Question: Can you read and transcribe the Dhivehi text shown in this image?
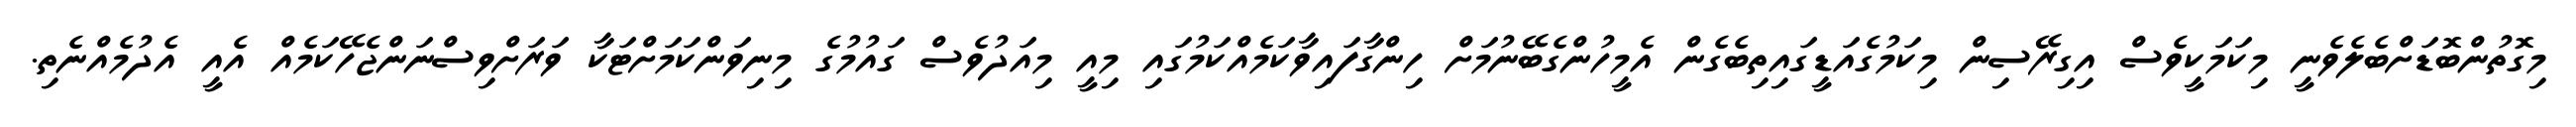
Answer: މިގޮތުންބޮޑަށްބެލެވެނީ މިކަމަކީވެސް އިގިރޭސިން މިކަމުގެއަޑީގައިތިބެގެން އެމީހުންގެބޭނުމަށް ހިންގާފައިވާކަމެއްކަމުގައި މިއީ މިއަދުވެސް ގައުމުގެ މިނިވަންކަމަށްޓަކާ ވަރަށްވިސްނަންޖެހޭކަމެއް އެއީ އެދުމެއްނެތި.